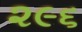
૨૯૬